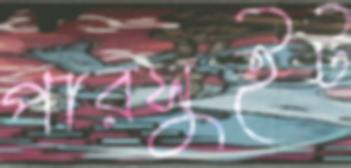
পারসুইট